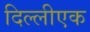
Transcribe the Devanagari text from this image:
दिल्लीएक